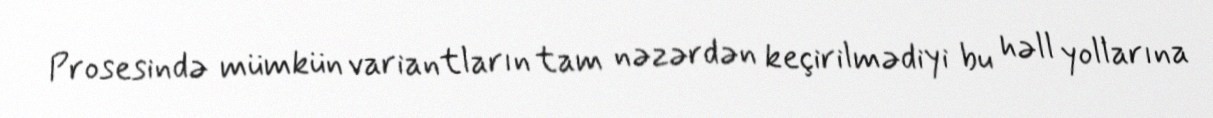
Prosesində mümkün variantların tam nəzərdən keçirilmədiyi bu həll yollarına